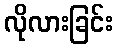
လိုလားခြင်း